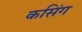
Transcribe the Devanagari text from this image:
कसिंग